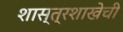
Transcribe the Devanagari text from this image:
शास्त्रशाखेची